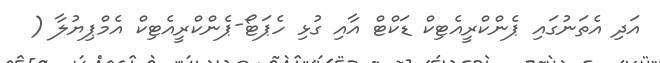
އަދި އެތަނުގައި ޕެންކްރީއެޓިކް ޑަކްޓް އާއި ގުޅި ހެޕަޓޯ-ޕެންކްރީއެޓިކް އެމްޕިޔުލާ (